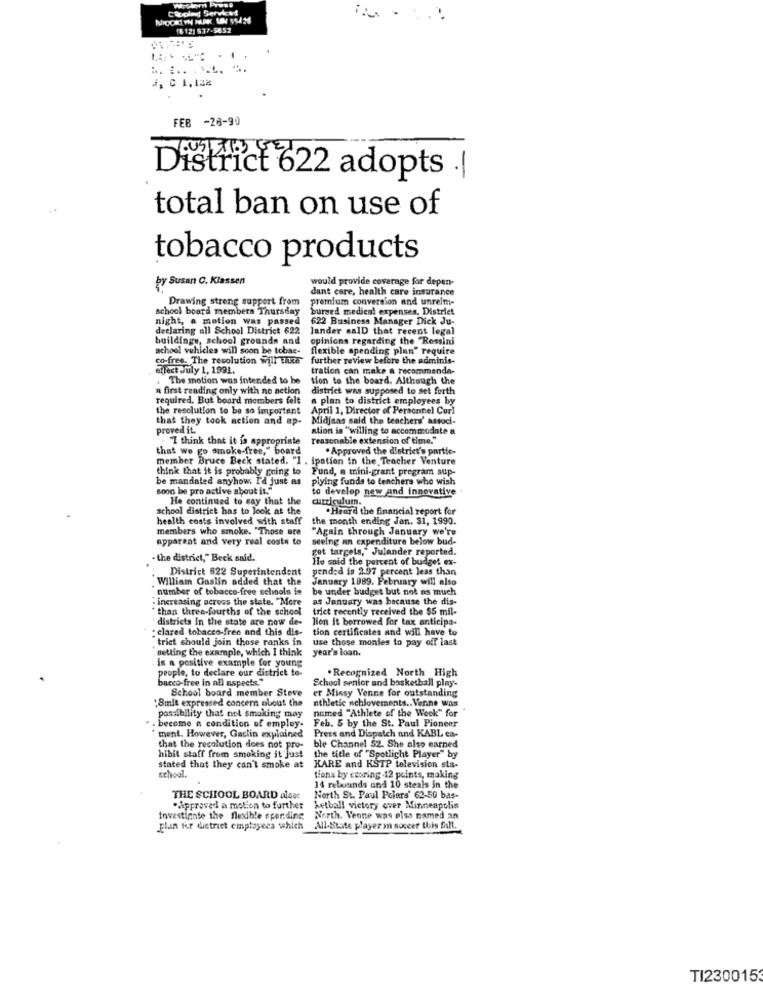
Clogind Service!
(6 12) 537.5852
.NEL. "
A, C 1. 122
FEB
-26-90
District 622 adopts .|
total ban on use of
tobacco products
by Susan C. Klassen
would provide coverage for depen-
dant care, health care insurance
Drawing strong support from
premium conversion and unrelm-
school board members Thursday
bursed medical expenses. District
night, a motion was passed
622 Business Manager Dick Ju-
declaring all School District 622
lander salD that recent legal
buildings, school grounds and
opinions regarding the "Rossini
school vehicles will soon be tobae-
flexible spending plan" require
co-free. The resolution Will Take"
further review before the adminis-
etlect July 1, 1991.
tration can make a recommenda-
The motion was intended to be
tion to the board. Although the
a first reading only with no netion
district was supposed to set forth
required. But board members felt
a plan to district employees by
the resolution to be so important
April 1, Director of Personnel Cor!
that they took action and ap-
Midjaas said the teachers' associ-
proved it.
ation in "willing to accommodate a
"I think that it is appropriate
reasonable extension of time."
that we go smoke-free," board
. Approved the district's partie-
member Bruce Beck stated. "I . ipation in the Teacher Venture
think that it is probably going to
Fund, a trini-grant program sup-
be mandaled anyhow. I'd just as
plying funds to teachers who wish
soon be pro active about it."
to develop new and innovative
He continued to say that the
curriculum.
school district has to look at the
. Heard the financial report for
health costs involved with staff
the month ending Jan. 31, 1990.
members who smoke. "Those are
"Again through January we're
apparent and very real costs to
seeing an expenditure below bud-
got targets," Julander reported.
the district," Beck said.
He said the percent of budget ex-
District 622 Superintendent
pended in 2.97 percent less than
. William Goslin added that the
January 1989. February will also
number of tobacco-free schools is
be under budget but not as much
. increasing across the state. "More
as Jenuary was because the dis-
than three-fourths of the school
trict recently received the $5 mil-
districts in the state are now de-
lion it borrowed for tax anticipa-
: clared tobacco-free and this dis-
tion certificates and will have to
"trict should join those ranks in
use those monies to pay off last
setting the example, which I think
year's loan.
is a positive example for young
. Recognized North High
people, to declare our district to-
bacco-free in all aspects."
School senior and basketball play-
School board member Steve
:8mit expressed concern about the
er Minsy Venne for outstanding
athletic nchloversents .. Venne was
named "Athlete of the Week" for
possibility that not smoking may
Feb. 5 by the St. Paul Pioneer
become a condition of employ-
Press and Dispatch and KABL ca-
ment. However, Gaclin explained
that the resolution does not pro-
ble Channel 52. She also earned
hibit staff from smoking it Just
the title of "Spotlight Player" by
stated that they can't smoke at
KARE and KSTP television sta-
school.
Lions by ccoring -42 points, making
14 rebounds and 10 steals in the
THE SCHOOL BOARD alset
North St. Paul Polars' 62-50 bas-
. Approved a motion to further
ketball victory over Minneapolis
investigate the flexible spending North. Veone was also named an
plan for detriet employees which
All-State player m soccer this fill.
TI230015